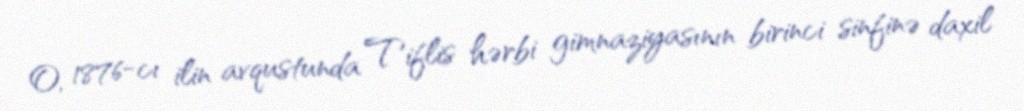
O, 1876-cı ilin avqustunda Tiflis hərbi gimnaziyasının birinci sinfinə daxil